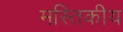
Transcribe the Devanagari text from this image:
मस्तिकीय